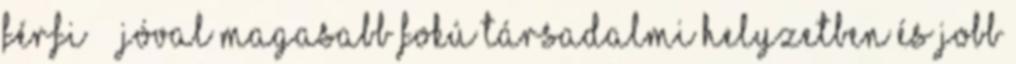
férfi – „jóval magasabb fokú társadalmi helyzetben és jobb